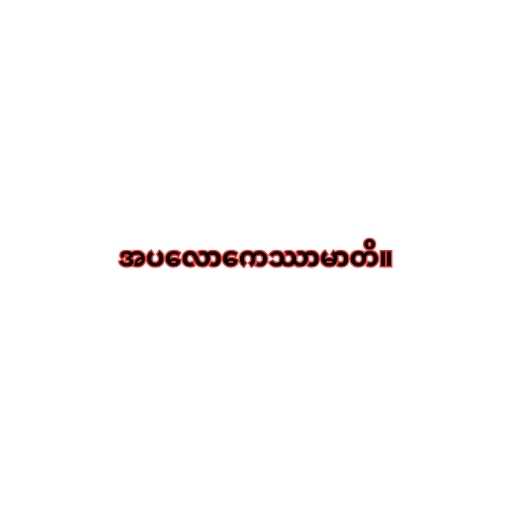
အပလောကေဿာမာတိ။